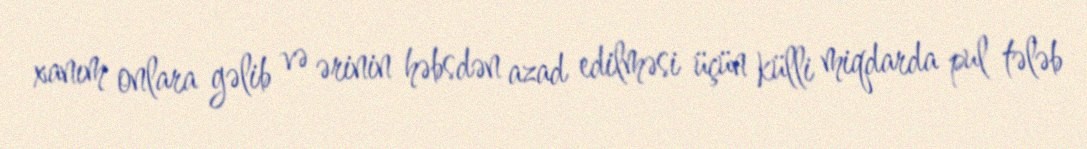
xanım onlara gəlib və ərinin həbsdən azad edilməsi üçün külli miqdarda pul tələb